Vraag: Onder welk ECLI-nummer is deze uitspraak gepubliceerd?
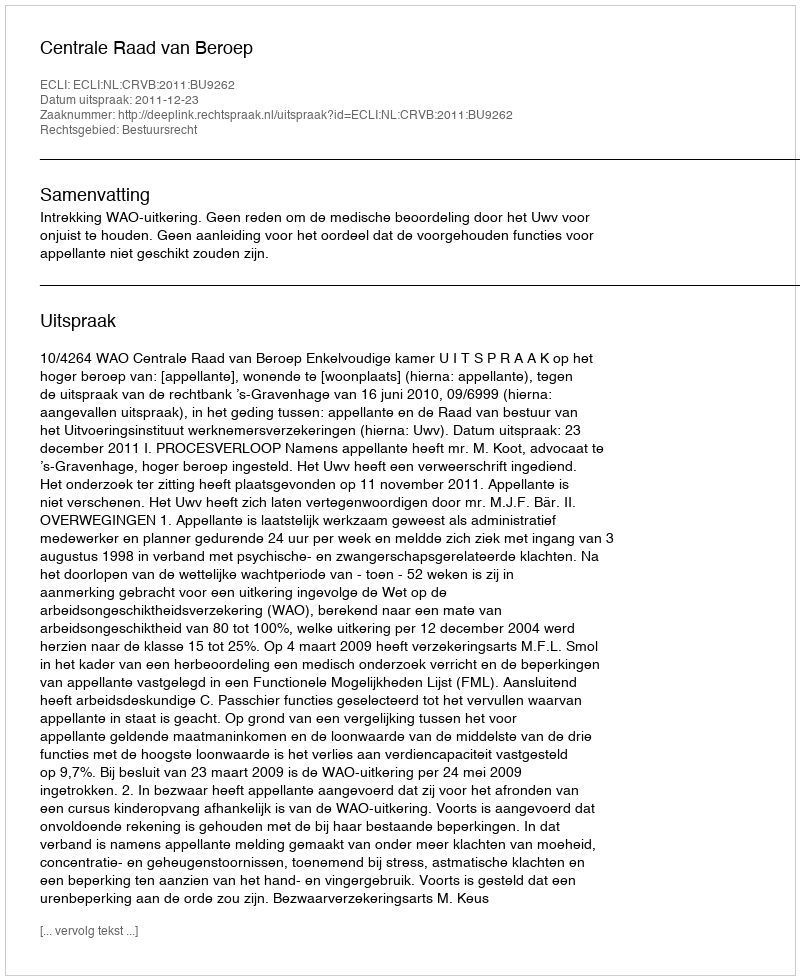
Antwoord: ECLI:NL:CRVB:2011:BU9262